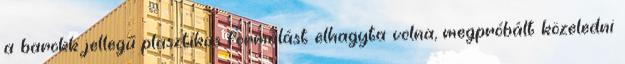
a barokk jellegű plasztikus formálást elhagyta volna, megpróbált közeledni